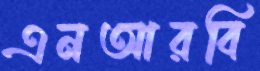
এনআরবি